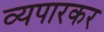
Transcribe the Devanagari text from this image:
व्यपारकर